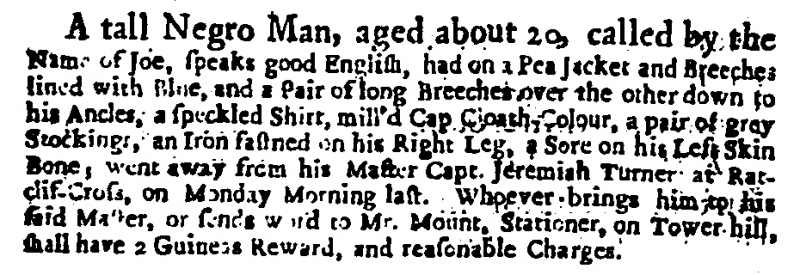
Daily Courant, 14 January 1713 (England)
A tall Negro Man, aged about 20, called by the Name of Joe, speaks good English, had on a Pea Jacket and Breeches lined with Blue, and a Pair of long Breeches over the other down to his Ancles, a speckled Shirt, mill’d Cap Cloath Colour, a pair of grey Stockings, an Iron fastned on his Right Leg, a Sore on his Left Skin Bone, went away from his Master Capt. Jeremiah Turner, at Ratcliff-Cross, on Monday Morning last. Whoever brings him to his said Master, or sends word to Mr. Mount, Stationer, on Tower-hill, shall have 2 Guineas Reward, and reasonable Charges.